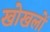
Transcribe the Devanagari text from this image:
खोखलों